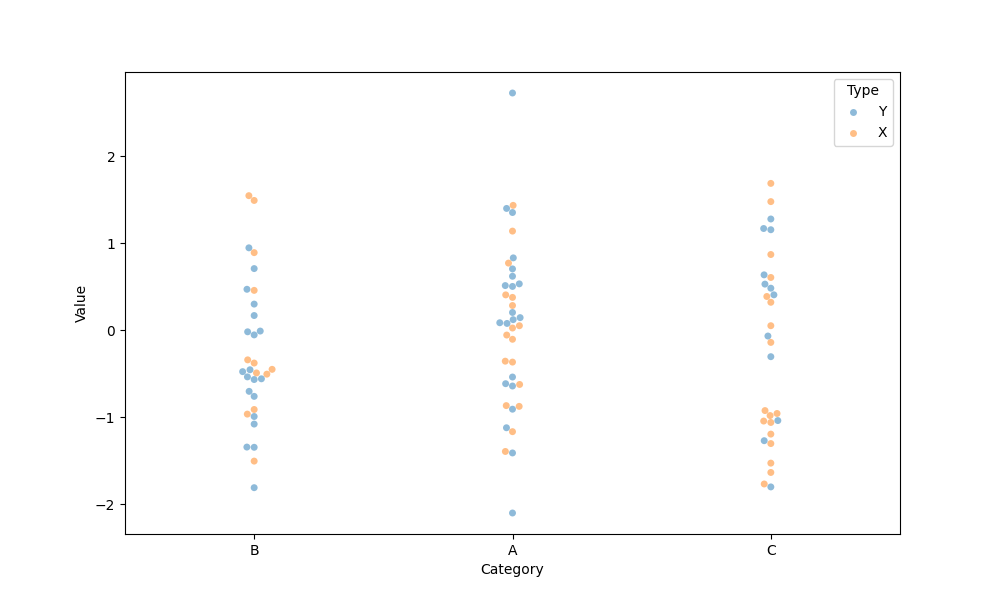
python, seaborn, swarmplot, dodge=False, alpha=0.5, size=5